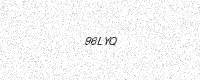
Text: 96LYQ